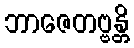
ဘာဇေတဗ္ဗန္တိ